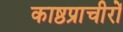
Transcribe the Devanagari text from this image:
काष्ठप्राचीरों